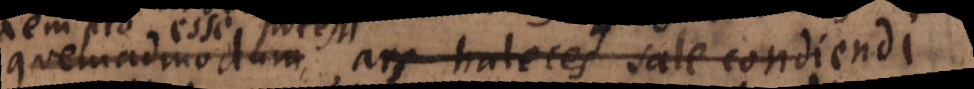
quemadmodum ars haleces sale condiendi